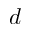
d